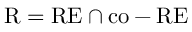
{ \mathrm { R } } = { \mathrm { R E } } \cap { \mathrm { c o - R E } }